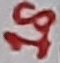
Text: 18